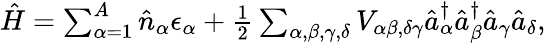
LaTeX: \begin{array}{r}{\hat{H}=\sum_{\alpha=1}^{A}\hat{n}_{\alpha}\epsilon_{\alpha}+\frac{1}{2}\sum_{\alpha,\beta,\gamma,\delta}V_{\alpha\beta,\delta\gamma}\hat{a}_{\alpha}^{\dagger}\hat{a}_{\beta}^{\dagger}\hat{a}_{\gamma}\hat{a}_{\delta},}\end{array}